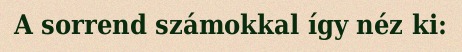
A sorrend számokkal így néz ki: